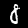
Label: 8